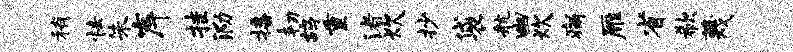
稍怯朱岸挂泐播韧鸪重渚炊抄袋航幽炊痛雁省欷蔑